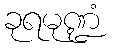
ခုရမုဏ္ဍံ